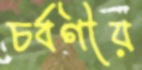
চর্বণীয়